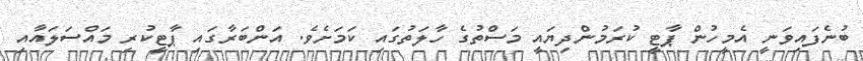
ބުނެފައިވަނީ އެމީހުން ޕާޓީ ކުރަމުންދިޔައީ މަސްތުގެ ހާލަތުގައި ކަމަށެވެ. އަންބަރާގައި ޕާޓީކުރި މައްސަލައާއި